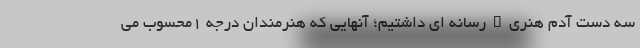
سه دست آدمِ هنری_رسانه ای داشتیم؛ آنهایی که هنرمندان درجه ١محسوب می